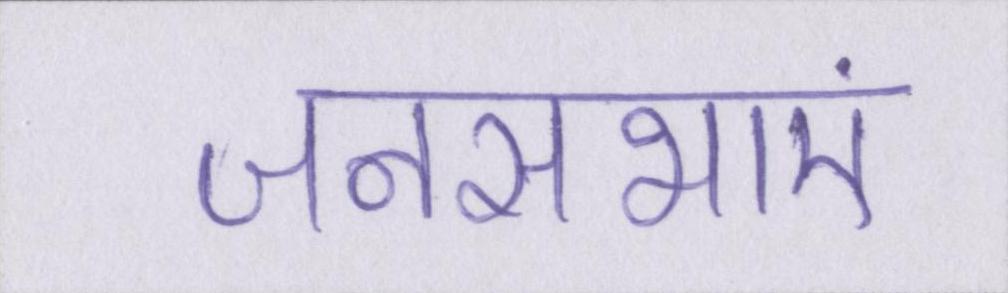
जनसभाएं